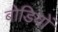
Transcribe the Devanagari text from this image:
बोड़ियों